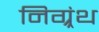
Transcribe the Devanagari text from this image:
निग्र्रंथ